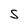
Character: S